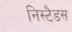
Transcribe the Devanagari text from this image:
निस्टैडस